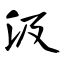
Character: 汲